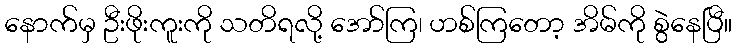
နောက်မှ ဦးဖိုးကူးကို သတိရလို့ အော်ကြ၊ ဟစ်ကြတော့ အိမ်ကို စွဲနေပြီ။